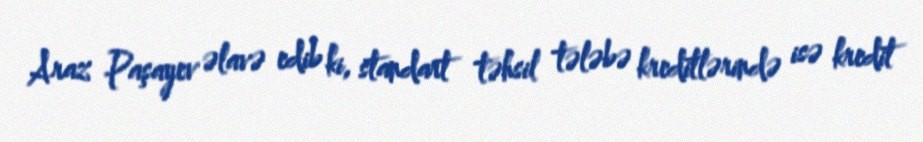
Araz Paşayev əlavə edib ki, standart təhsil tələbə kreditlərində isə kredit